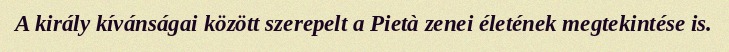
A király kívánságai között szerepelt a Pietà zenei életének megtekintése is.